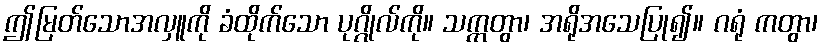
ဤမြတ်သောအလှူကို ခံထိုက်သော ပုဂ္ဂိုလ်ကို။ သက္ကတွာ၊ အရိုအသေပြု၍။ ဂရုံ ကတွာ၊